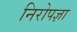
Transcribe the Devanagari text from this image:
निरोपज्ञा